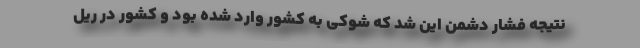
نتیجه فشار دشمن این شد که شوکی به کشور وارد شده بود و کشور در ریل